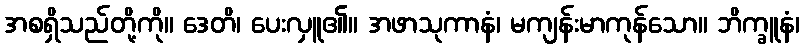
အစရှိသည်တို့ကို။ ဒေတိ၊ ပေးလှူ၏။ အဖာသုကာနံ၊ မကျန်းမာကုန်သော။ ဘိက္ခူနံ၊